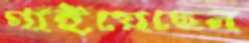
গাইয়েছেন